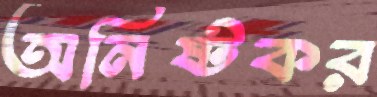
অনিষ্টকর